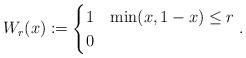
LaTeX: \begin{align*}W_r(x) := \begin{cases} 1 & \min(x, 1-x)\le r\\ 0 &\end{cases}.\end{align*}